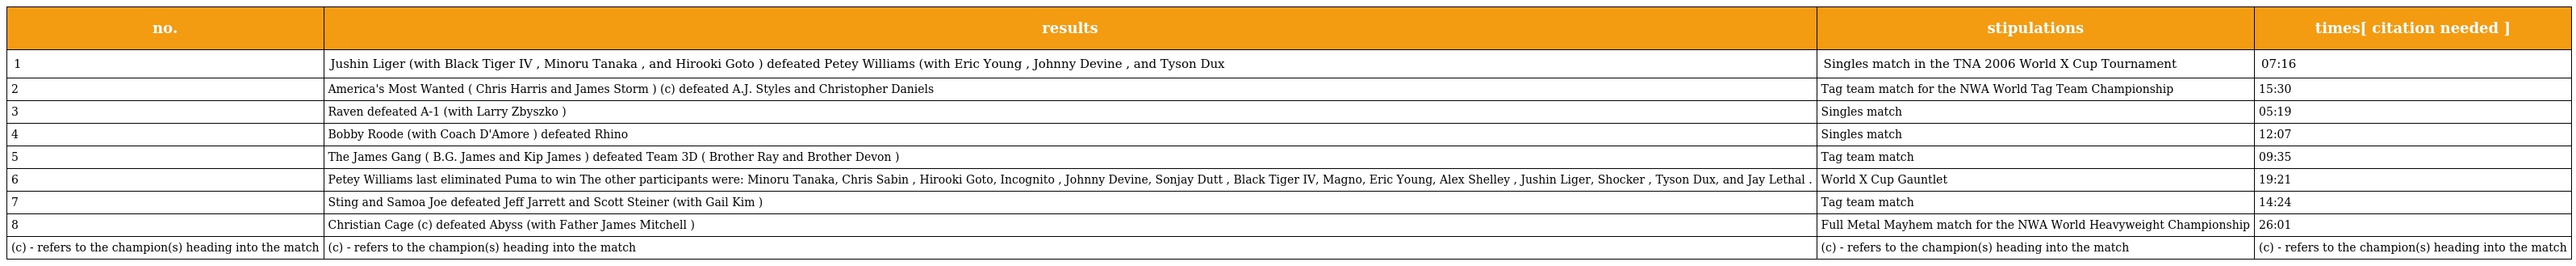
| no. | results | stipulations | times[ citation needed ] |
 | --- | --- | --- | --- |
 | 1 | Jushin Liger (with Black Tiger IV , Minoru Tanaka , and Hirooki Goto ) defeated Petey Williams (with Eric Young , Johnny Devine , and Tyson Dux | Singles match in the TNA 2006 World X Cup Tournament | 07:16 |
 | 2 | America's Most Wanted ( Chris Harris and James Storm ) (c) defeated A.J. Styles and Christopher Daniels | Tag team match for the NWA World Tag Team Championship | 15:30 |
 | 3 | Raven defeated A-1 (with Larry Zbyszko ) | Singles match | 05:19 |
 | 4 | Bobby Roode (with Coach D'Amore ) defeated Rhino | Singles match | 12:07 |
 | 5 | The James Gang ( B.G. James and Kip James ) defeated Team 3D ( Brother Ray and Brother Devon ) | Tag team match | 09:35 |
 | 6 | Petey Williams last eliminated Puma to win The other participants were: Minoru Tanaka, Chris Sabin , Hirooki Goto, Incognito , Johnny Devine, Sonjay Dutt , Black Tiger IV, Magno, Eric Young, Alex Shelley , Jushin Liger, Shocker , Tyson Dux, and Jay Lethal . | World X Cup Gauntlet | 19:21 |
 | 7 | Sting and Samoa Joe defeated Jeff Jarrett and Scott Steiner (with Gail Kim ) | Tag team match | 14:24 |
 | 8 | Christian Cage (c) defeated Abyss (with Father James Mitchell ) | Full Metal Mayhem match for the NWA World Heavyweight Championship | 26:01 |
 | (c) - refers to the champion(s) heading into the match | (c) - refers to the champion(s) heading into the match | (c) - refers to the champion(s) heading into the match | (c) - refers to the champion(s) heading into the match |